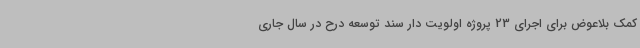
کمک بلاعوض برای اجرای 23 پروژه اولویت دار سند توسعه درح در سال جاری